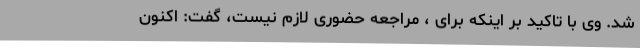
شد. وی با تاکید بر اینکه برای ، مراجعه حضوری لازم نیست، گفت: اکنون